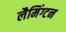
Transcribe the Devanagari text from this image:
लैमिंग्टन